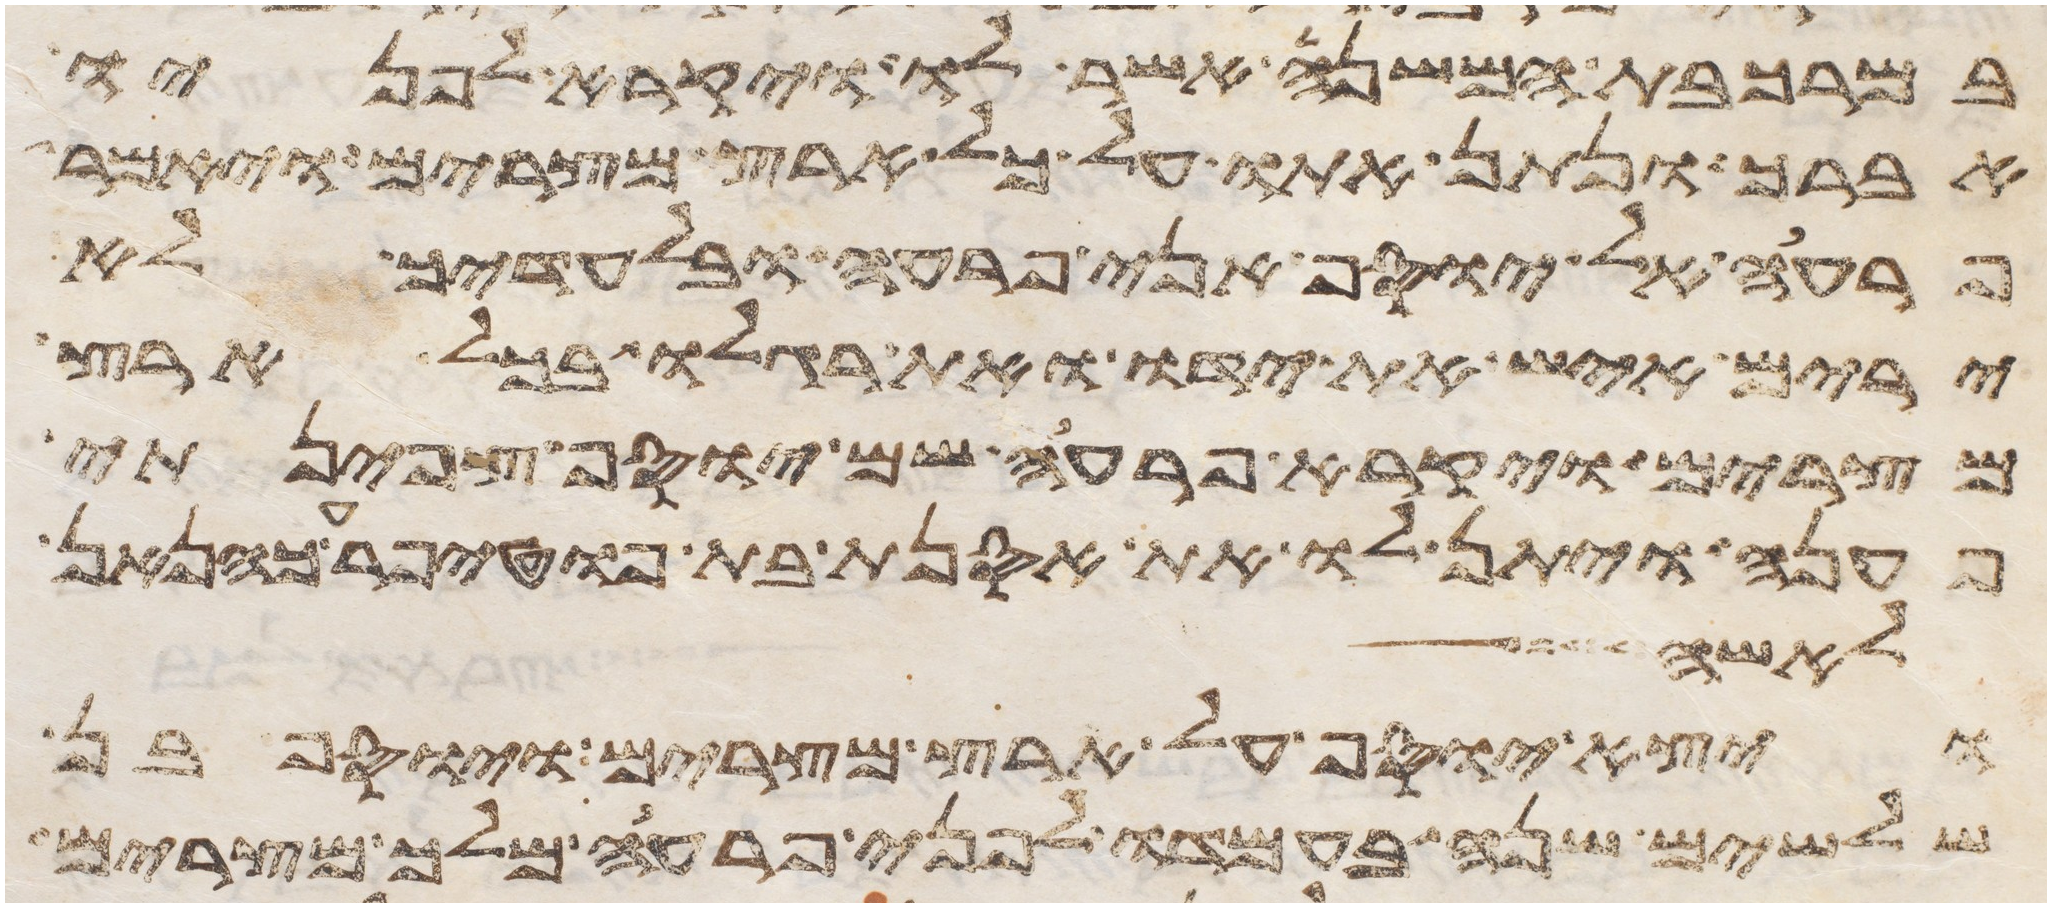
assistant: במרכבת המשנה אשר לו ויקרא לפניו
אברך ונתן אתו על כל ארץ מצרים ויאמר
פרעה אל יוסף אני פרעה ובלעדיך לא
ירים איש את ידו ואת רגלו בכל ארץ
מצרים ויקרא פרעה שם יוסף צפינתי
פענה ויתן לו את אסנת בת פוטיפרע כהן
לאשה
ויצא יוסף על ארץ מצרים ויוסף בן
שלשים שנה בעמדו לפני פרעה מלך מצרים